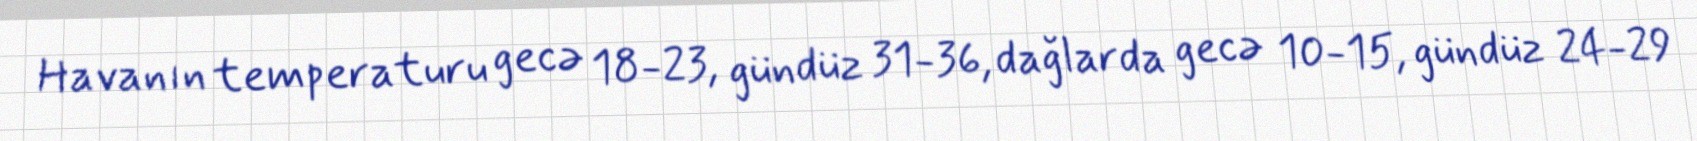
Havanın temperaturu gecə 18-23, gündüz 31-36, dağlarda gecə 10-15, gündüz 24-29